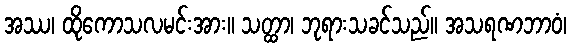
အဿ၊ ထိုကောသလမင်းအား။ သတ္ထာ၊ ဘုရားသခင်သည်။ အသရဏဘာဝံ၊